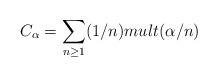
LaTeX: \begin{align*}C_{\alpha} = \sum_{n \geq 1} (1/n) mult(\alpha/n)\end{align*}